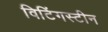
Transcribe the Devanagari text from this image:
विटिंगस्टीन